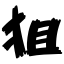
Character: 狙